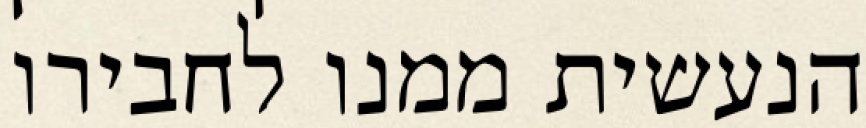
הנעשית ממנו לחבירו